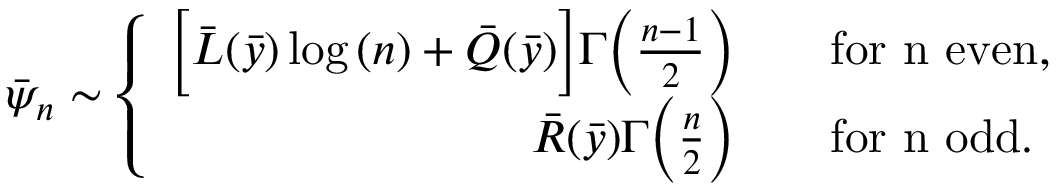
\bar { \psi } _ { n } \sim \left\{ \begin{array} { r l } { \Big [ \bar { L } ( \bar { y } ) \log { ( n ) } + \bar { Q } ( \bar { y } ) \Big ] \Gamma \Big ( \frac { n - 1 } { 2 } \Big ) } & { \quad \mathrm { f o r ~ n ~ e v e n } , } \\ { \bar { R } ( \bar { y } ) \Gamma \Big ( \frac { n } { 2 } \Big ) } & { \quad \mathrm { f o r ~ n ~ o d d } . } \end{array} \right.